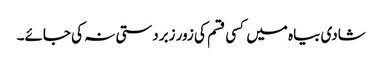
شادی بیاہ میں کسی قسم کی زور زبردستی نہ کی جائے۔